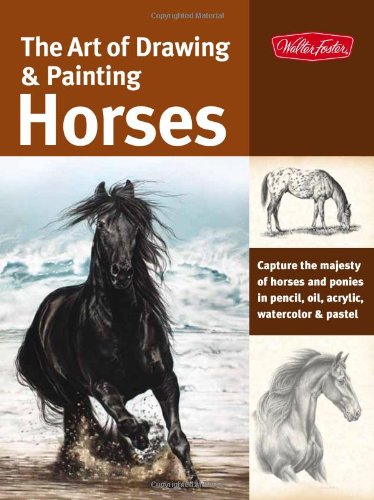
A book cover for The Art of Drawing & Painting Horses: Capture the majesty of horses and ponies in pencil, oil, acrylic, watercolor & pastel (Collector's Series); Patricia Getha; Arts & Photography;